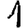
Digit: 1